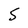
Character: 5